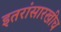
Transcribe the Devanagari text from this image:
इतरांसारखीच